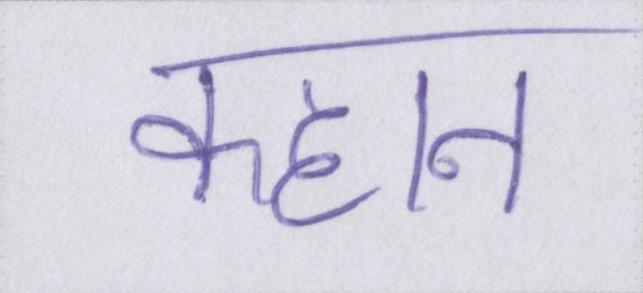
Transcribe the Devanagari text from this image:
क्हान